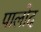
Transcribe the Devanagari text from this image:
पालोद